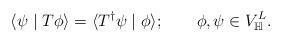
LaTeX: \begin{align*}\langle \psi \mid T\phi \rangle=\langle T^{\dagger} \psi \mid\phi \rangle;\quad~~~\phi ,\psi \in V_\mathbb{H}^L.\end{align*}